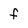
Character: f